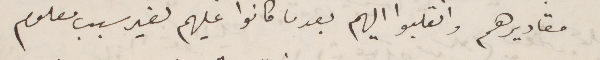
مقاديرهم وانقلبوا اليهم بعدما قاموا عليهم لغير سبب معلوم